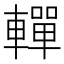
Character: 䡲